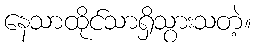
နေသာထိုင်သာရှိသွားသတဲ့။